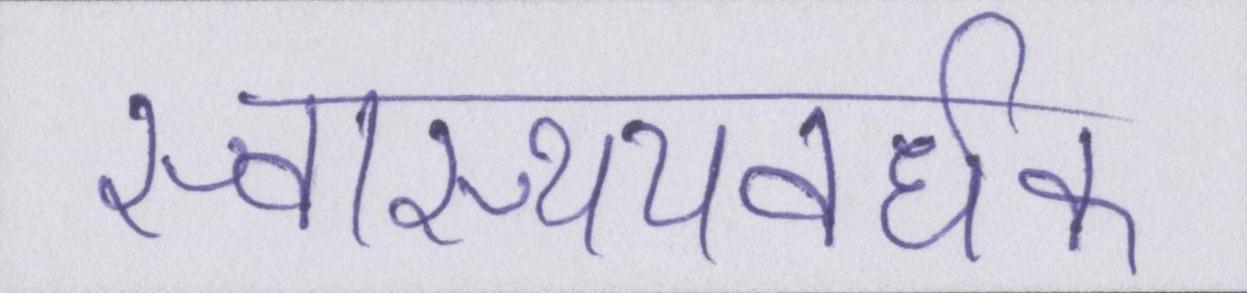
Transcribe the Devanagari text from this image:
स्वास्थ्यवर्धक